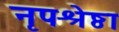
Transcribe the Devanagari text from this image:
नृपश्रेष्ठा